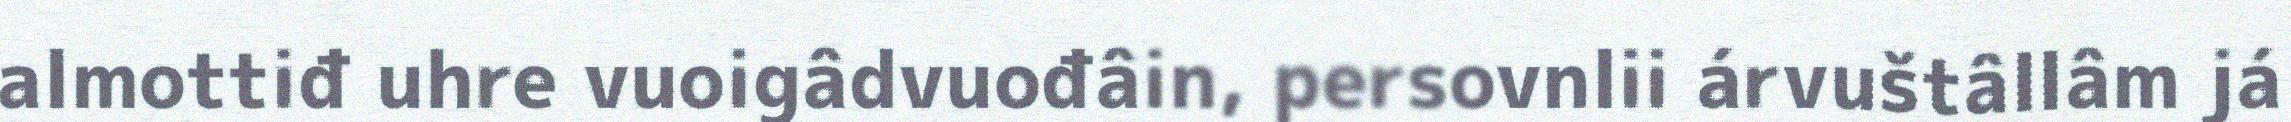
almottiđ uhre vuoigâdvuođâin, persovnlii árvuštâllâm já